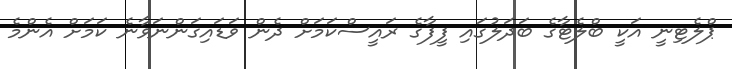
ޕްލެޓިނީ އަކީ ބްލެޓާގެ ބަދަލުގައި ފީފާގެ ރައީސްކަމަށް ދެން ވަޑައިގަންނަވާނެ ކަމަށް އެންމެ